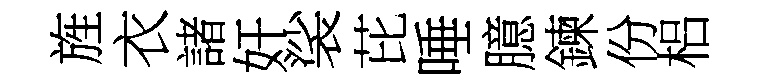
旌衣諸奸裟芘唾臆鍊份梠